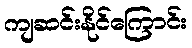
ကျဆင်းနိုင်ကြောင်း